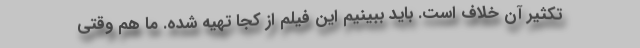
تکثیر آن خلاف است. باید ببینیم این فیلم از کجا تهیه شده. ما هم وقتی